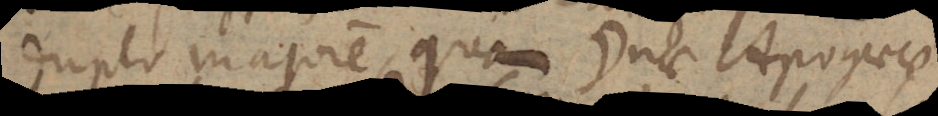
duplo majorem, quam ☽nae Apogaeae